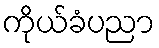
ကိုယ်ခံပညာ